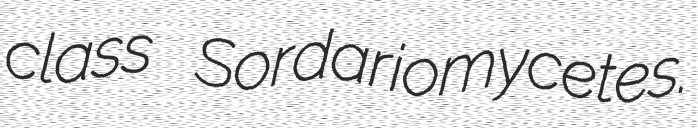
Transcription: class Sordariomycetes.